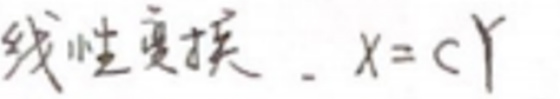
线性变换 \(x = Cy\)